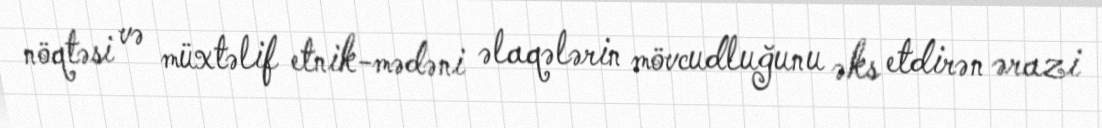
nöqtəsi və müxtəlif etnik-mədəni əlaqələrin mövcudluğunu əks etdirən ərazi